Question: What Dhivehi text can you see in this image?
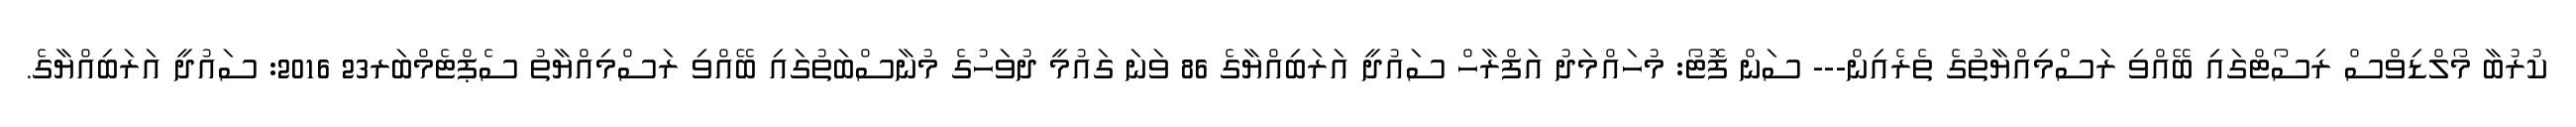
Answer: ކުރުބާ މޯލްޑިވްސް ރިސޯޓްގައި ބޭއްވި ރަސްމިއްޔާތުގެ ތެރެއިން--- ސަން ފޮޓޯ: މުހައްމަދު އަފްރާހް ސައުދީ އަރަބިއްޔާގެ 86 ވަނަ ގައުމީ ދުވަހުގެ މުނާސްބަތުގައި ބޭއްވި ރަސްމިއްޔާތު ސެޕްޓެމްބަރ23 2016: ސައުދީ އަރަބިއްޔާގެ.